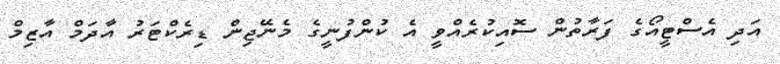
އަދި އެސްޓީއޯގެ ފަރާތުން ސޮއިކުރެއްވީ އެ ކުންފުނީގެ މެނޭޖިން ޑިރެކްޓަރު އާދަމް އާޒިމް